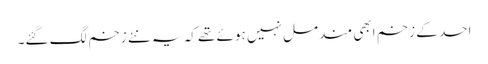
احد کے زخم ابھی مندمل نہیں ہوئے تھے کہ یہ نئے زخم لگ گئے۔